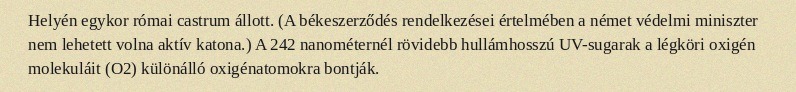
Helyén egykor római castrum állott. (A békeszerződés rendelkezései értelmében a német védelmi miniszter nem lehetett volna aktív katona.) A 242 nanométernél rövidebb hullámhosszú UV-sugarak a légköri oxigén molekuláit (O2) különálló oxigénatomokra bontják.